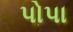
પોપા